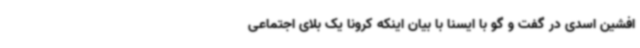
افشین اسدی در گفت و گو با ایسنا با بیان اینکه کرونا یک بلای اجتماعی